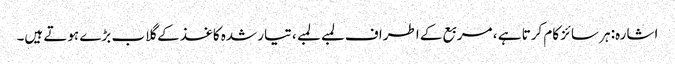
اشارہ: ہر سائز کام کرتا ہے ، مربع کے اطراف لمبے لمبے ، تیار شدہ کاغذ کے گلاب بڑے ہوتے ہیں۔